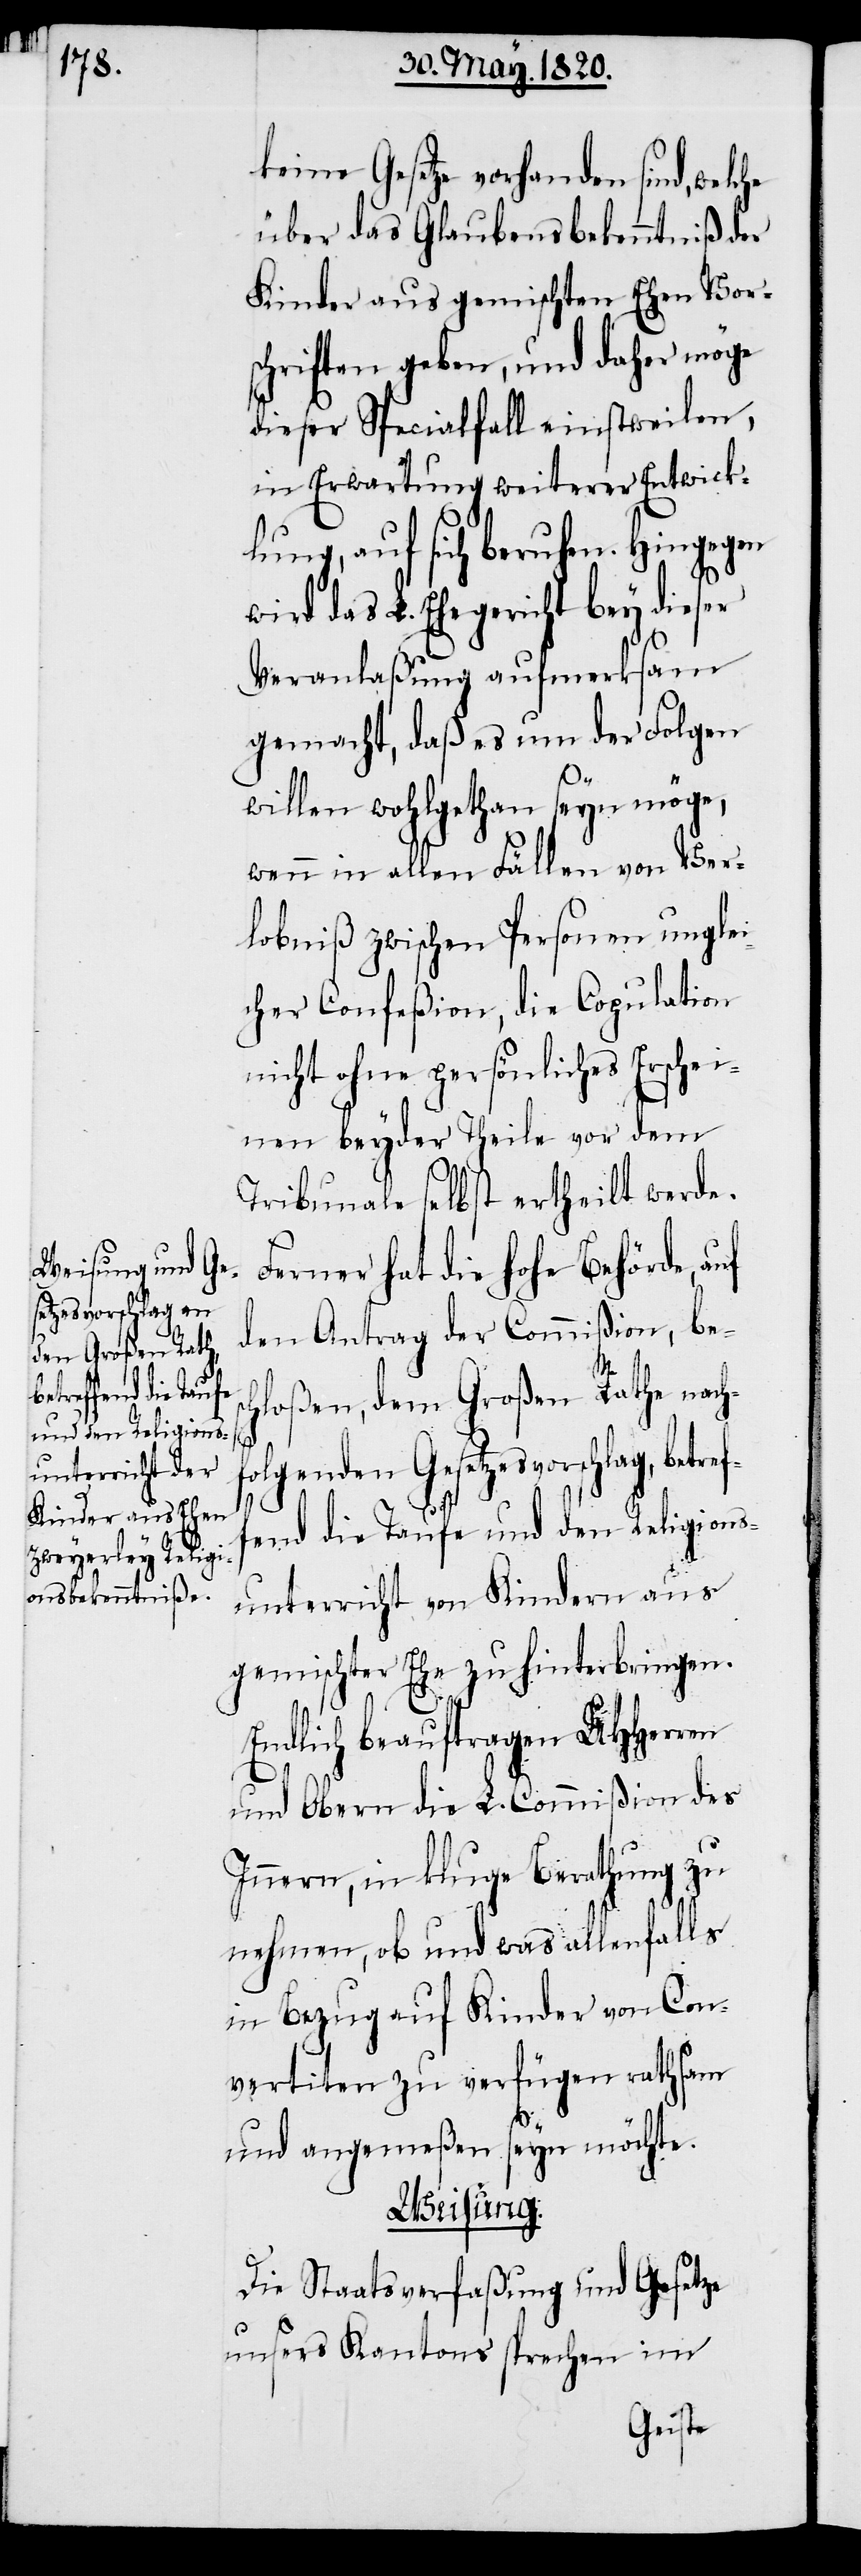
betreffend die Taufe
und den Religions¬

keine Gesetze vorhanden sind,
über das Glaubensbekenntniß der
Kinder aus gemischten Ehen Vor¬
schriften geben, und daher möge
dieser Specialfall einstweilen,
in Erwartung weiterer Entwick¬
lung, auf sich beruhen. Hingegen
wird das L. Ehegericht bey dieser
Veranlaßung aufmerksam
gemacht, daß es um der Folgen
willen wohlgethan seyn möge,
wenn in allen Fällen von Ver¬
lobniß zwischen Personen unglei¬
cher Confeßion, die Copulation
nicht ohne persönliches Erschei¬
nen beyder Theile vor dem
Tribunale selbst ertheilt werde.
Ferner hat die hohe Behörde,
den Antrag der Commiβion, besc¬
hloßen, dem Großen Rathe nach¬
folgenden Gesetzesvorschlag,
unterricht von Kindern aus
gemischter Ehe zu hinterbringen.
Endlich beauftragen UHHerren
und Obern die L. Commiβion des
Innern, in kluge Berathung zu
nehmen, ob und was allenfalls
in Bezug auf Kinder von Con¬
vertiten zu verfügen rathsam
und angemeßen seyn möchte.
Weisung.
Die Staatsverfaßung und Gesetze
unsers Kantons sprechen im